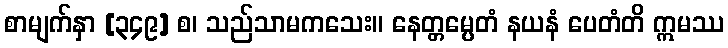
စာမျက်နှာ [၃၄၉] စ၊ သည်သာမကသေး။ နေတ္တမ္ပေတံ နယနံ ပေတံတိ ဣမဿ